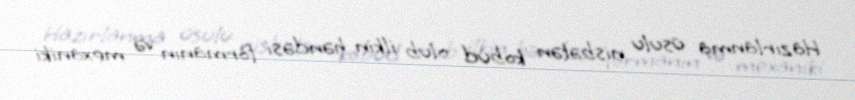
Hazırlanma üsulu nisbətən kobud olub ilkin həndəsi formanın və mexaniki